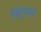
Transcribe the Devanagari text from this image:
स्ट्रिंगर्स